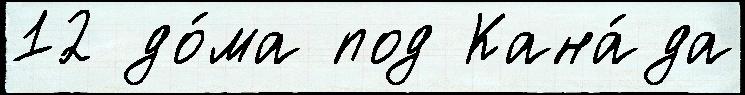
12 до́ма под Кана́да